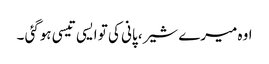
اوہ میرے شیر، پانی کی تو ایسی تیسی ہوگئی ۔